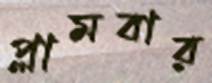
প্লামবার